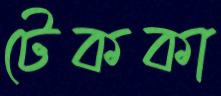
টেককা